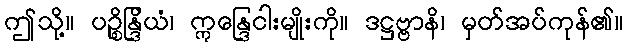
ဤသို့။ ပဉ္စိန္ဒြိယံ၊ ဣန္ဒြေငါးမျိုးကို။ ဒဋ္ဌဗ္ဗာနိ၊ မှတ်အပ်ကုန်၏။